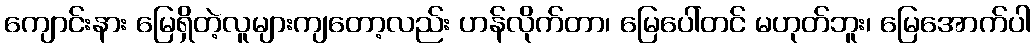
ကျောင်းနား မြေရှိတဲ့လူများကျတော့လည်း ဟန်လိုက်တာ၊ မြေပေါ်တင် မဟုတ်ဘူး၊ မြေအောက်ပါ